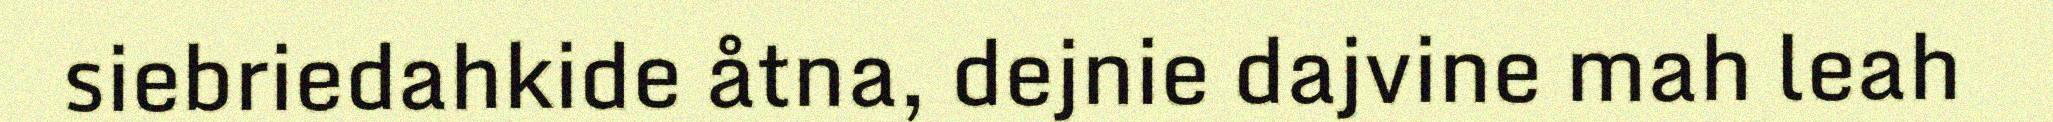
siebriedahkide åtna, dejnie dajvine mah leah